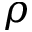
\rho